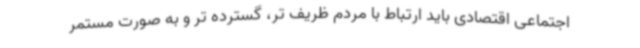
اجتماعی اقتصادی باید ارتباط با مردم ظریف تر، گسترده تر و به صورت مستمر